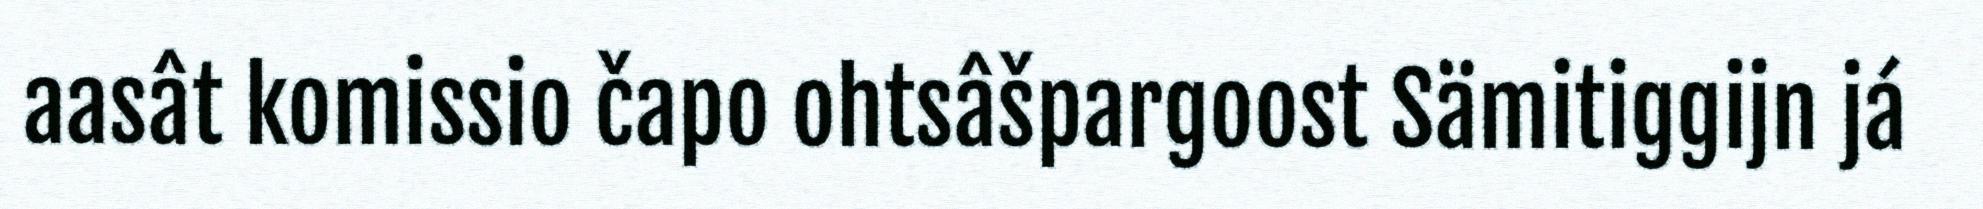
aasât komissio čapo ohtsâšpargoost Sämitiggijn já